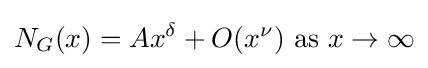
N_{G}(x)=Ax^{\delta }+O(x^{\nu }){\mbox{ as }}x\rightarrow \infty